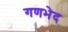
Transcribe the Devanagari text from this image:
गणभेद